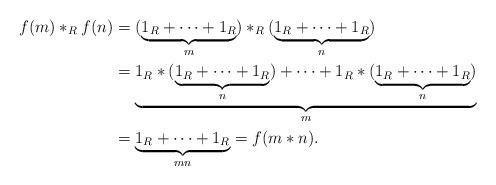
LaTeX: \begin{align*}f(m) \ast_R f(n) &= (\underbrace{1_R+\dots+1_R}_{m }) \ast_R(\underbrace{1_R+\dots+1_R}_{n }) \\&= \underbrace{1_R \ast (\underbrace{1_R+\dots+1_R}_{n }) + \dots+1_R\ast (\underbrace{1_R+\dots+1_R}_{n })}_{m } \\&= \underbrace{1_R+\dots+1_R}_{mn } = f(m\ast n).\end{align*}